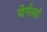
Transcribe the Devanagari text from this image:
बेर्गसां